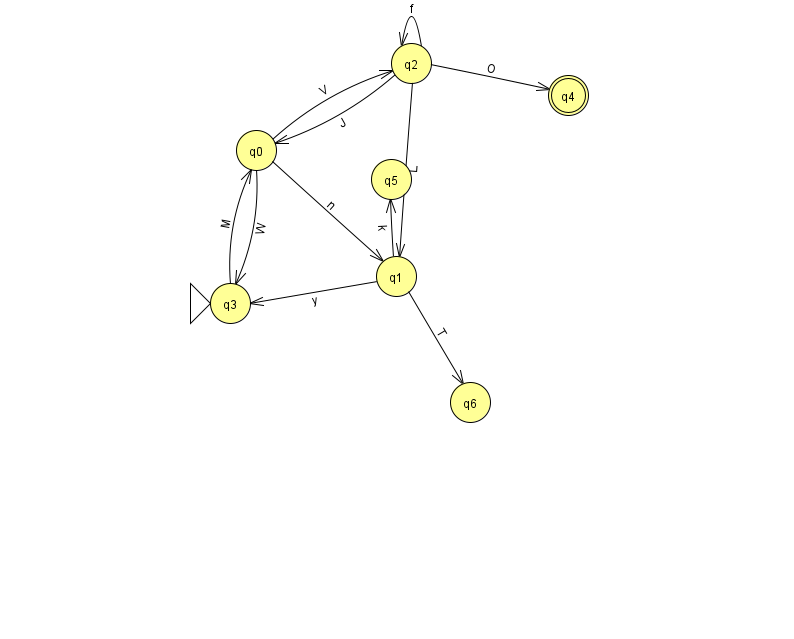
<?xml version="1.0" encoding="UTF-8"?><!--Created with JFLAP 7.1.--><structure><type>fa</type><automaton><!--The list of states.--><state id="0" name="q0"><x>256.0</x><y>137.0</y></state><state id="1" name="q1"><x>396.0</x><y>263.0</y></state><state id="2" name="q2"><x>411.0</x><y>50.0</y></state><state id="3" name="q3"><x>230.0</x><y>290.0</y><initial/></state><state id="4" name="q4"><x>568.0</x><y>82.0</y><final/></state><state id="5" name="q5"><x>391.0</x><y>166.0</y></state><state id="6" name="q6"><x>470.0</x><y>389.0</y></state><!--The list of transitions.--><transition><from>2</from><to>1</to><read>L</read></transition><transition><from>3</from><to>0</to><read>M</read></transition><transition><from>0</from><to>1</to><read>n</read></transition><transition><from>2</from><to>2</to><read>f</read></transition><transition><from>2</from><to>4</to><read>O</read></transition><transition><from>0</from><to>2</to><read>V</read></transition><transition><from>0</from><to>3</to><read>W</read></transition><transition><from>1</from><to>5</to><read>k</read></transition><transition><from>1</from><to>6</to><read>T</read></transition><transition><from>1</from><to>3</to><read>y</read></transition><transition><from>2</from><to>0</to><read>J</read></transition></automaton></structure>